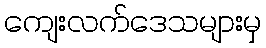
ကျေးလက်ဒေသများမှ